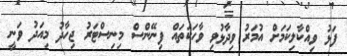
ފަޅު ވިއްކާލިކަމަށް އުމަރު ވިދާޅުވި ވާހަކަތައް ފިނޭންސް މިނިސްޓަރު ޖިހާދު މިއަދު ވަނީ